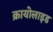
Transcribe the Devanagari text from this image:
क्रायोलाइड